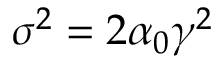
\sigma ^ { 2 } = 2 \alpha _ { 0 } \gamma ^ { 2 }